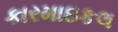
કારમાઇકલ